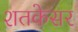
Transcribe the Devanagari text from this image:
शतकेसर